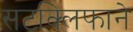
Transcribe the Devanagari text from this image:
सटक्लिफाने